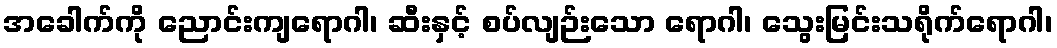
အခေါက်ကို ညောင်းကျရောဂါ၊ ဆီးနှင့် စပ်လျဉ်းသော ရောဂါ၊ သွေးမြင်းသရိုက်ရောဂါ၊